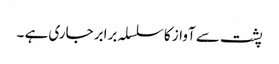
پشت سے آواز کا سلسلہ برابر جاری ہے ۔